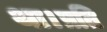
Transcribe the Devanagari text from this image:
था।प्रति